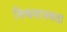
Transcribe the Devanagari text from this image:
विश्वमानवता